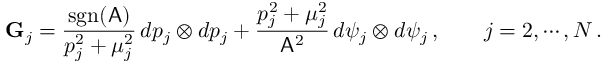
\mathbf { G } _ { j } = \frac { \mathrm { s g n } ( \mathsf { A } ) } { p _ { j } ^ { 2 } + \mu _ { j } ^ { 2 } } \, d p _ { j } \otimes d p _ { j } + \frac { p _ { j } ^ { 2 } + \mu _ { j } ^ { 2 } } { \mathsf { A } ^ { 2 } } \, d \psi _ { j } \otimes d \psi _ { j } \, , \qquad j = 2 , \cdots , N \, .